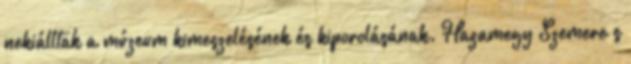
nekiálltak a múzeum kimeszelésének és kiporolásának. Hazamegy Szemere s